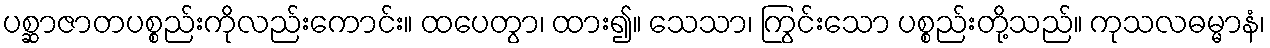
ပစ္ဆာဇာတပစ္စည်းကိုလည်းကောင်း။ ထပေတွာ၊ ထား၍။ သေသာ၊ ကြွင်းသော ပစ္စည်းတို့သည်။ ကုသလဓမ္မာနံ၊